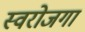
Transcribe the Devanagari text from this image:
स्‍वरोजगा